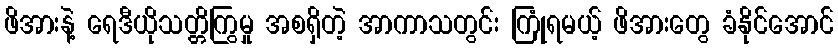
ဖိအားနဲ့ ရေဒီယိုသတ္တိကြွမှု အစရှိတဲ့ အာကာသတွင်း ကြုံရမယ့် ဖိအားတွေ ခံနိုင်အောင်